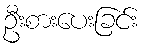
ဦးစားပေးခြင်း